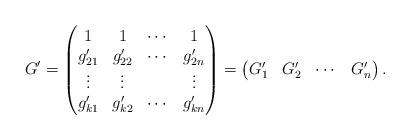
LaTeX: \begin{align*}G^\prime=\begin{pmatrix}1 & 1 & \cdots & 1\\g_{21}^\prime & g_{22}^\prime & \cdots & g_{2n}^\prime\\\vdots & \vdots & & \vdots\\g_{k1}^\prime & g_{k2}^\prime & \cdots & g_{kn}^\prime\end{pmatrix}=\begin{pmatrix}G_1^\prime & G_2^\prime & \cdots & G_n^\prime\end{pmatrix}.\end{align*}